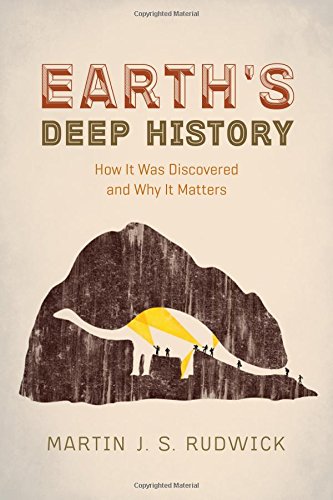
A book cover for Earth's Deep History: How It Was Discovered and Why It Matters; Martin J. S. Rudwick; Science & Math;